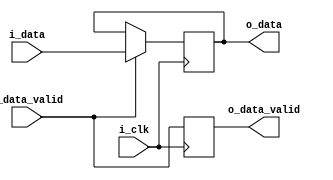
`timescale 1ns / 1ps
//////////////////////////////////////////////////////////////////////////////////
// Company: 
// Engineer: 
// 
// Design Name: 
// Module Name: axi4FIFO
// Project Name: 
// Target Devices: 
// Tool Versions: 
// Description: 
// 
// Dependencies: 
// 
// Revision:
// Revision 0.01 - File Created
// Additional Comments:
// 
//////////////////////////////////////////////////////////////////////////////////


module dataReg #(parameter dataWidth=8)(
input i_clk,
input [dataWidth-1:0] i_data,
input i_data_valid,
output reg [dataWidth-1:0] o_data,
output reg o_data_valid
);

initial
    o_data = 0;
    
always @(posedge i_clk)
begin
    if(i_data_valid)
        o_data <= i_data;
    o_data_valid <= i_data_valid;
end

endmodule